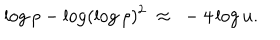
LaTeX: \log \rho - \log ( \log \rho ) ^ { 2 } ~ \approx ~ - 4 \log u .